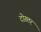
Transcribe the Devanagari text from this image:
दोख़्तर